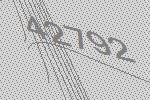
42792